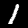
Label: 1